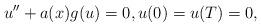
LaTeX: \begin{align*}u'' + a(x) g(u) = 0, u(0) = u(T) = 0,\end{align*}